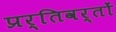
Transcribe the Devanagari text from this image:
प्रर्तिवर्तों